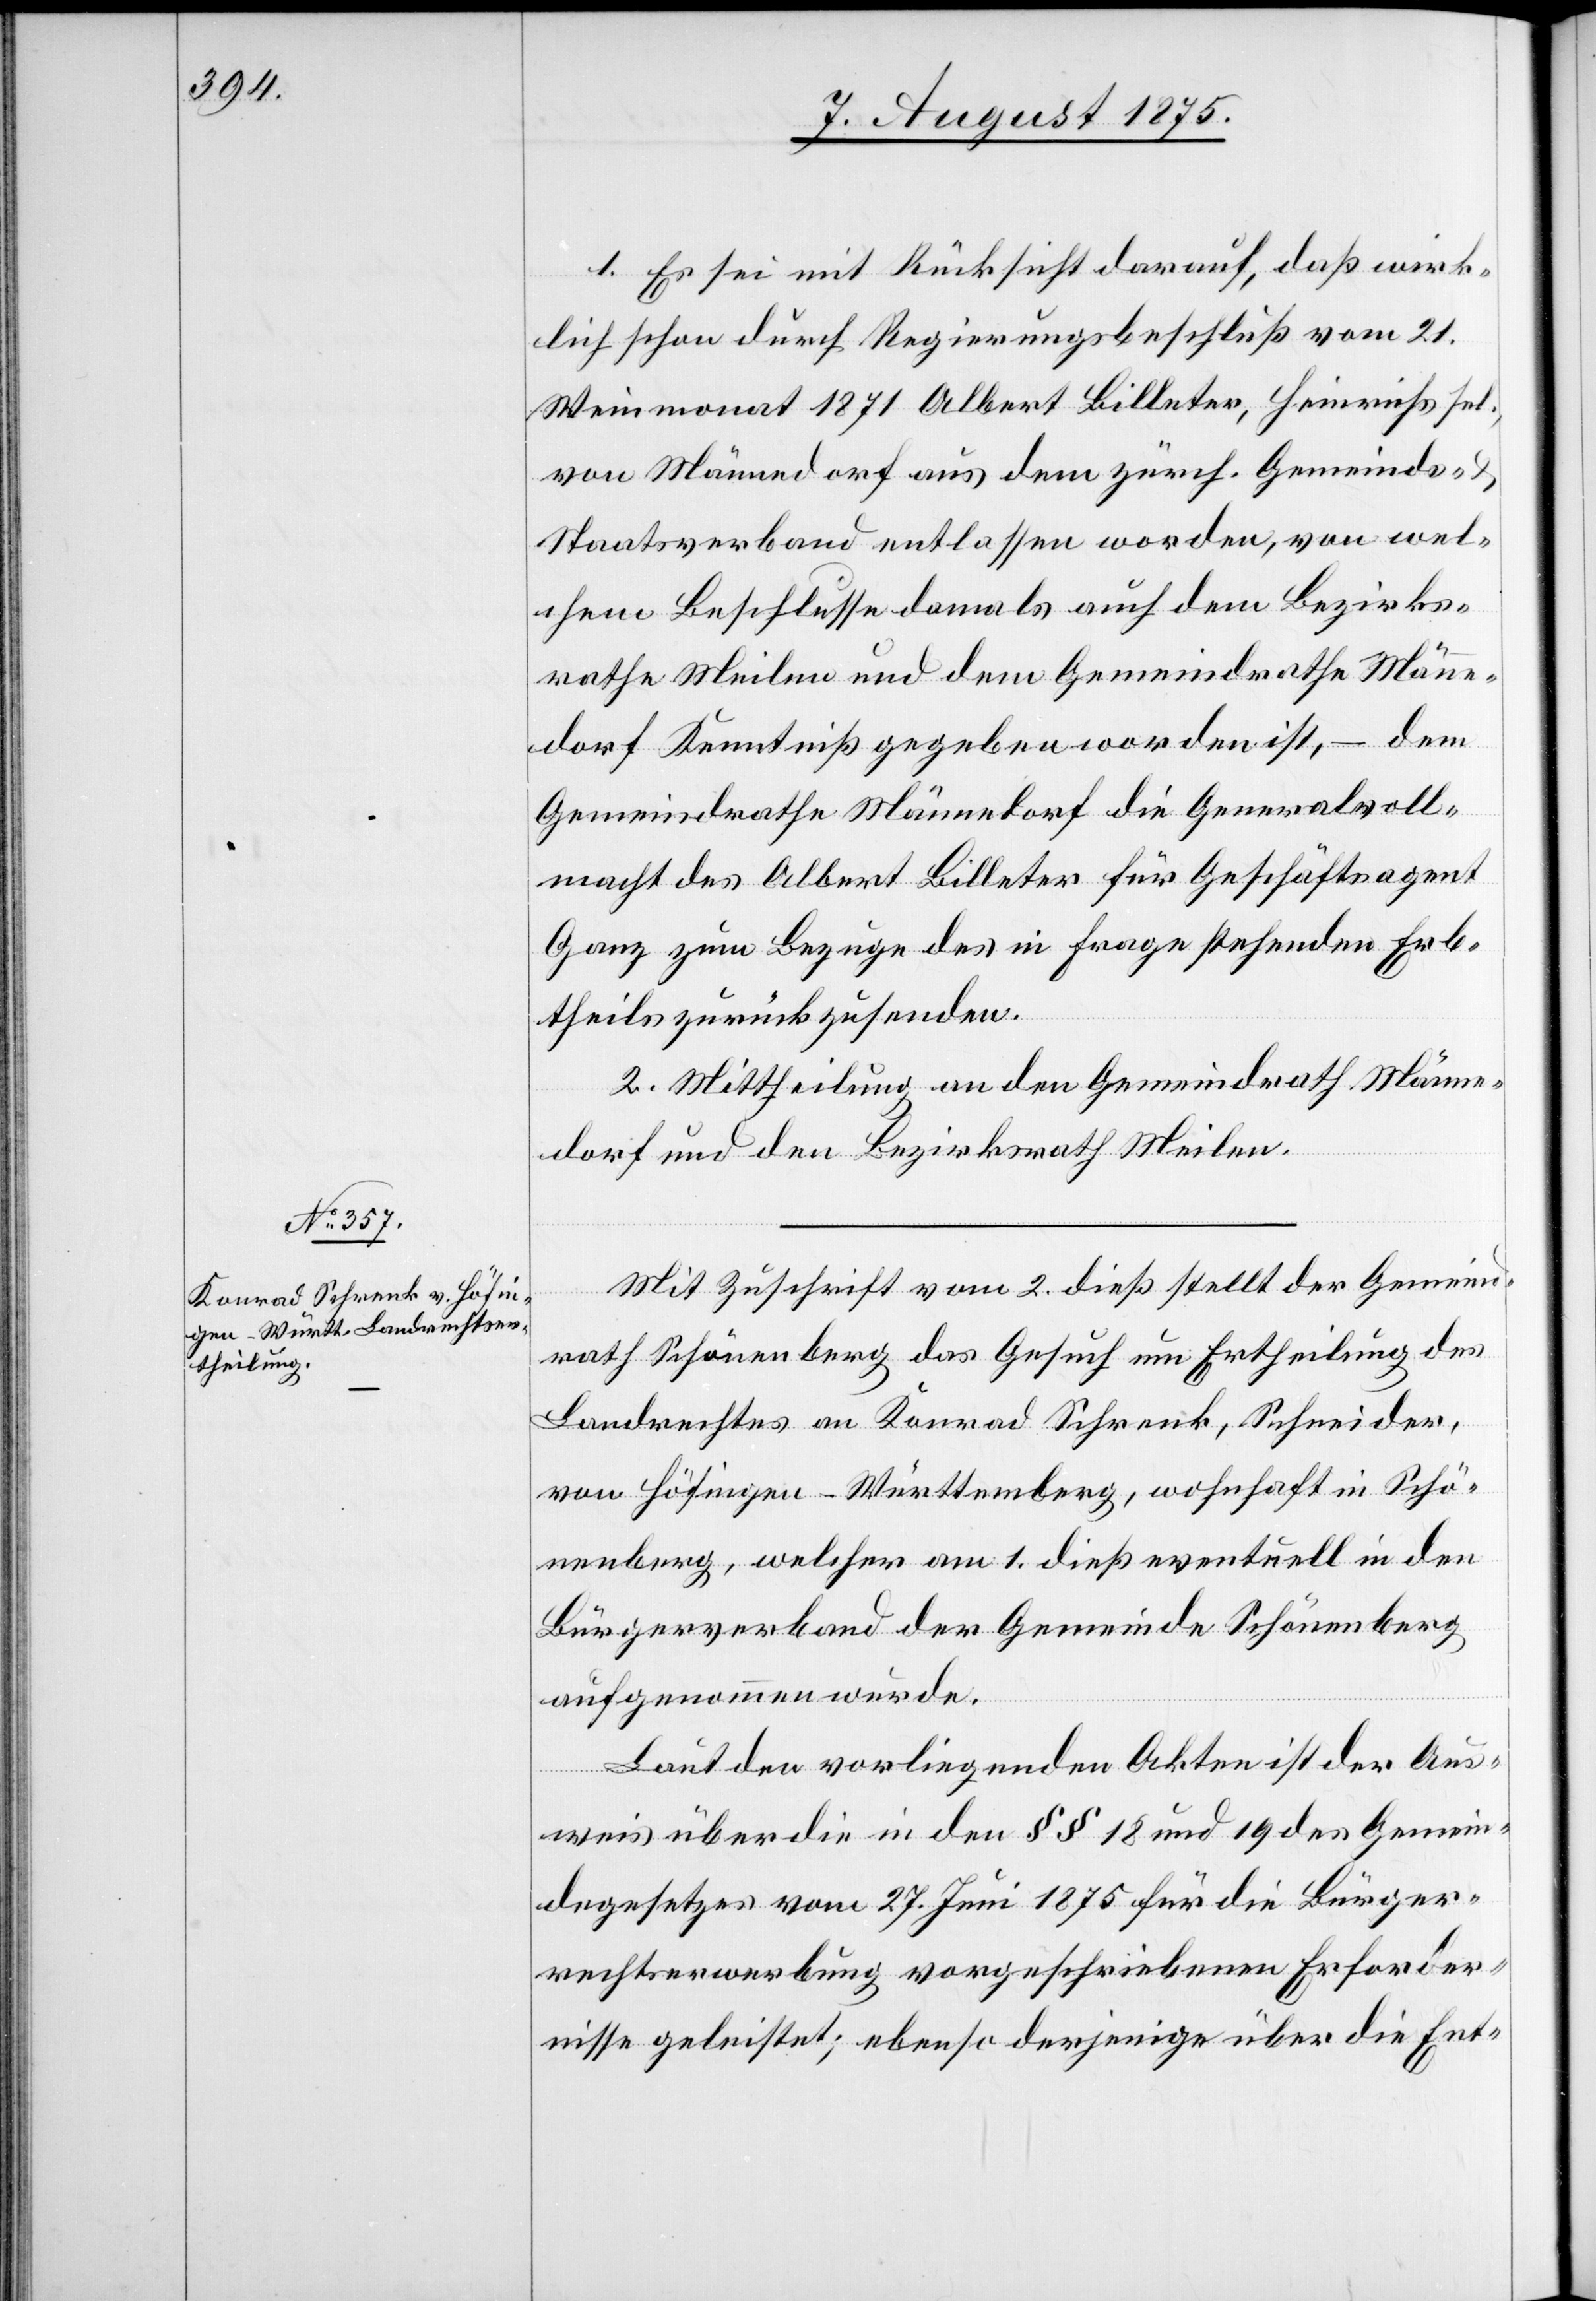
1. Es sei mit Rücksicht darauf, daß wirk¬
lich durch Regierungsbeschluß vom 21.
Weinmonat Albert Billeter, Heinrichs sel.,
von Männedorf aus dem zürch. Gemeinds-
Staatsverband entlassen worden, von wel¬
chem Beschlusse damals auch dem Bezirks¬
rathe Meilen und dem Gemeindrathe Männe¬
dorf Kenntniß gegeben worden ist, – dem
Gemeindrathe Männedorf die Generalvoll¬
macht des Albert Billeter für Geschäftsagent
Ganz zum Bezuge des in Frage stehenden Erb¬
theils zurückzusenden.
2. Mittheilung an den Gemeindrath Männe¬
dorf und den Bezirksrath Meilen.
Mit Zuschrift vom 2. dieß stellt der Gemeind¬
rath Schönenberg das Gesuch um Ertheilung des
Landrechtes an Konrad Schrenk, Schneider,
von Höfingen - Württemberg, wohnhaft in Schö¬
nenberg, welcher am 2. dieß eventuell in den
Bürgerverband der Gemeinde Schönenberg
aufgenommen wurde.
Laut den vorliegenden Akten ist der Aus¬
weis über die in den §§ 18 und 19 des Gemein¬
degesetzes vom 27. Juni 1875 für die Bürger¬
rechtserwerbung vorgeschriebenen Erforder¬
nisse geleistet; ebenso derjenige üb er die Ent-